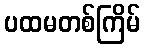
ပထမတစ်ကြိမ်